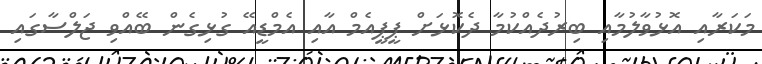
މަކަރާއި އޮޅުވާލުމާއި ބިރުދެއްކުމާ ދެކޮޅަށް ޕީޕީއެމް އާއި އެމްޑީއޭ ގުޅިގެން ބޭއްވި ޖަލްސާގައި